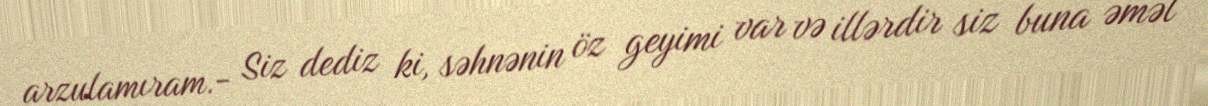
arzulamıram.- Siz dediz ki, səhnənin öz geyimi var və illərdir siz buna əməl